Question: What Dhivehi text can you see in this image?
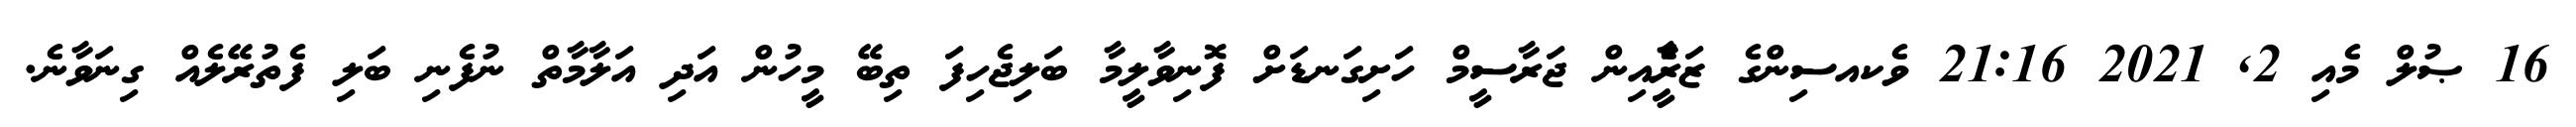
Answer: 16 ޞުލް މެއި 2, 2021 21:16 ވެކއސިންގެ ޒަރީެާއިން ޖަރާސީމް ހަށިގަނޑަށް ފޮނިވާލީމާ ބަލިޖެހިފަ ތިބޭ މީހުން އަދި އަލާމާތް ނުފެނި ބަލި ފެތުރޭލެއް ގިނަވާނެ.